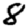
Digit: 8